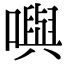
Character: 𡁎